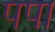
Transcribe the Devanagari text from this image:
पपा